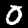
Label: 0